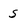
Character: s